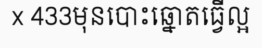
x 433មុនបោះឆ្នោតធ្វើល្អ